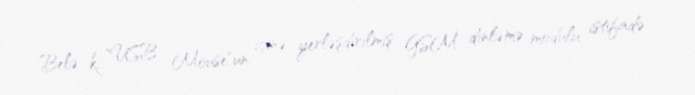
Belə ki, "USB Mouse"un içinə yerləşdirilmiş GSM dinləmə modulu istifadə